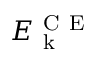
E _ { \mathrm { ~ k ~ } } ^ { \mathrm { ~ C ~ E ~ } }